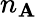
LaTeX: n_{\mathbf{A}}